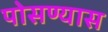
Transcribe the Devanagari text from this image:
पोसण्यास